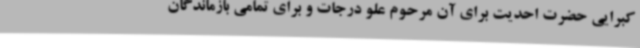
کبرایی حضرت احدیت برای آن مرحوم علو درجات و برای تمامی بازماندگان